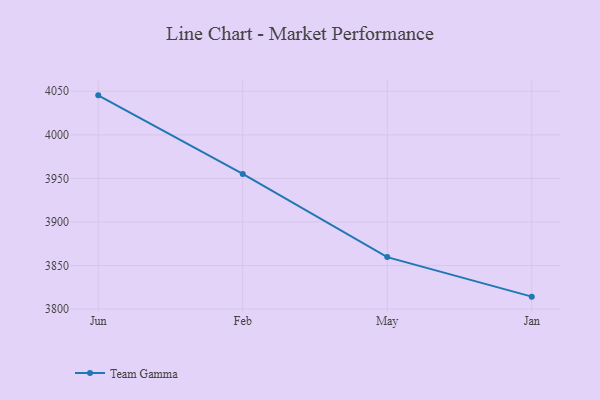
{"axis": {"x": "Month", "y": "Conversion Rate (%)"}, "legend": ["Team Gamma"], "data": [{"x": "Jun", "y": 4045.3, "type": "Team Gamma"}, {"x": "Feb", "y": 3955.1, "type": "Team Gamma"}, {"x": "May", "y": 3859.7, "type": "Team Gamma"}, {"x": "Jan", "y": 3814.3, "type": "Team Gamma"}]}